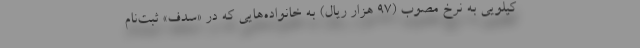
کیلویی به نرخ مصوب (۹۷ هزار ریال) به خانواده‌هایی که در «سدف» ثبت‌نام